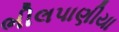
ભીલપાણીયા